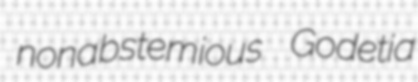
nonabstemious Godetia